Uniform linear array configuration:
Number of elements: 4
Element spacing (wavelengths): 0.5
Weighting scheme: hann
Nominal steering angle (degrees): -45
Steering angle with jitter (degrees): -43.054
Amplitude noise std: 0.05
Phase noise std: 0.05

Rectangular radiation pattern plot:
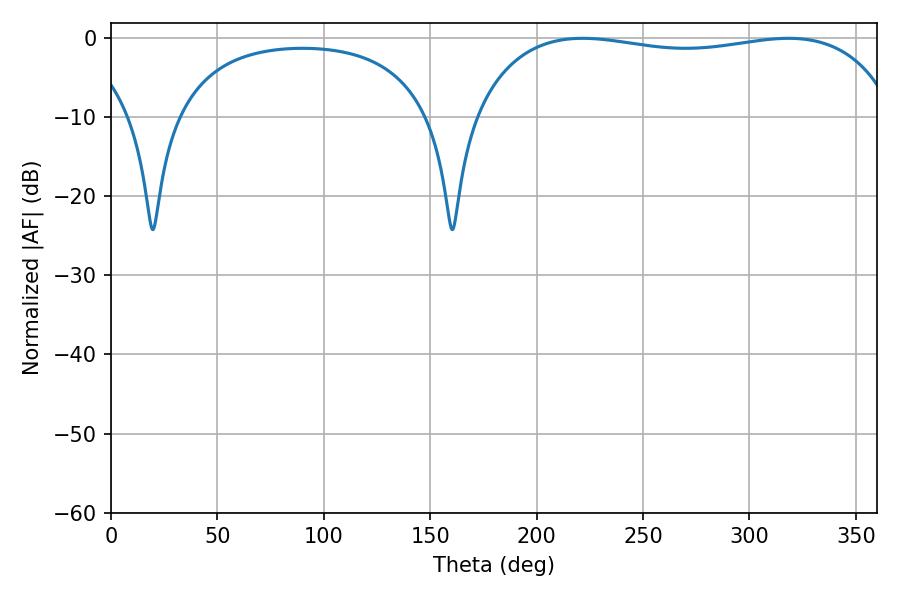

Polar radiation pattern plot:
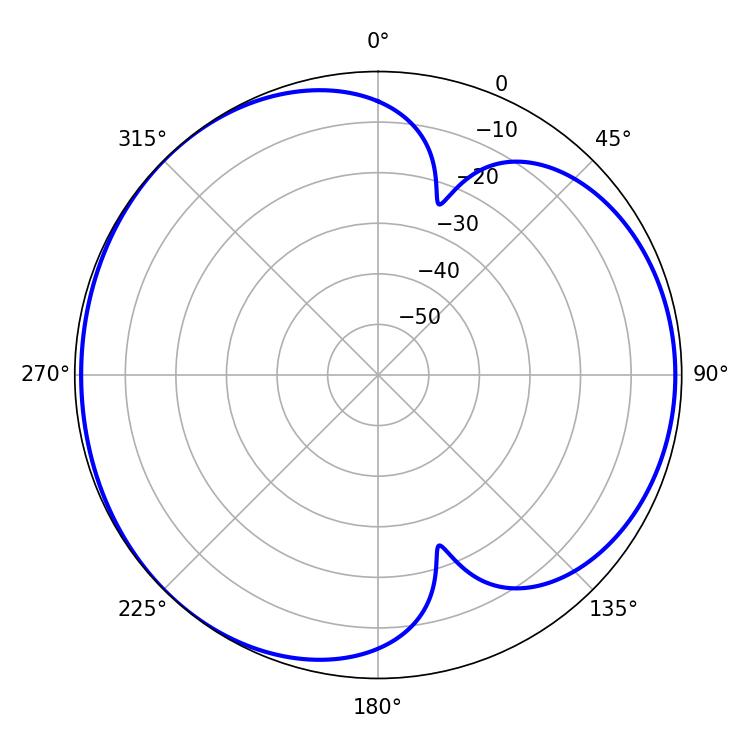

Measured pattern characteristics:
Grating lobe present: FALSE
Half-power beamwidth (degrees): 160.92
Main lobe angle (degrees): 221.58